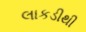
લાકડીથી